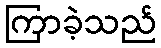
ကြာခဲ့သည်